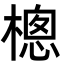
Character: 樬